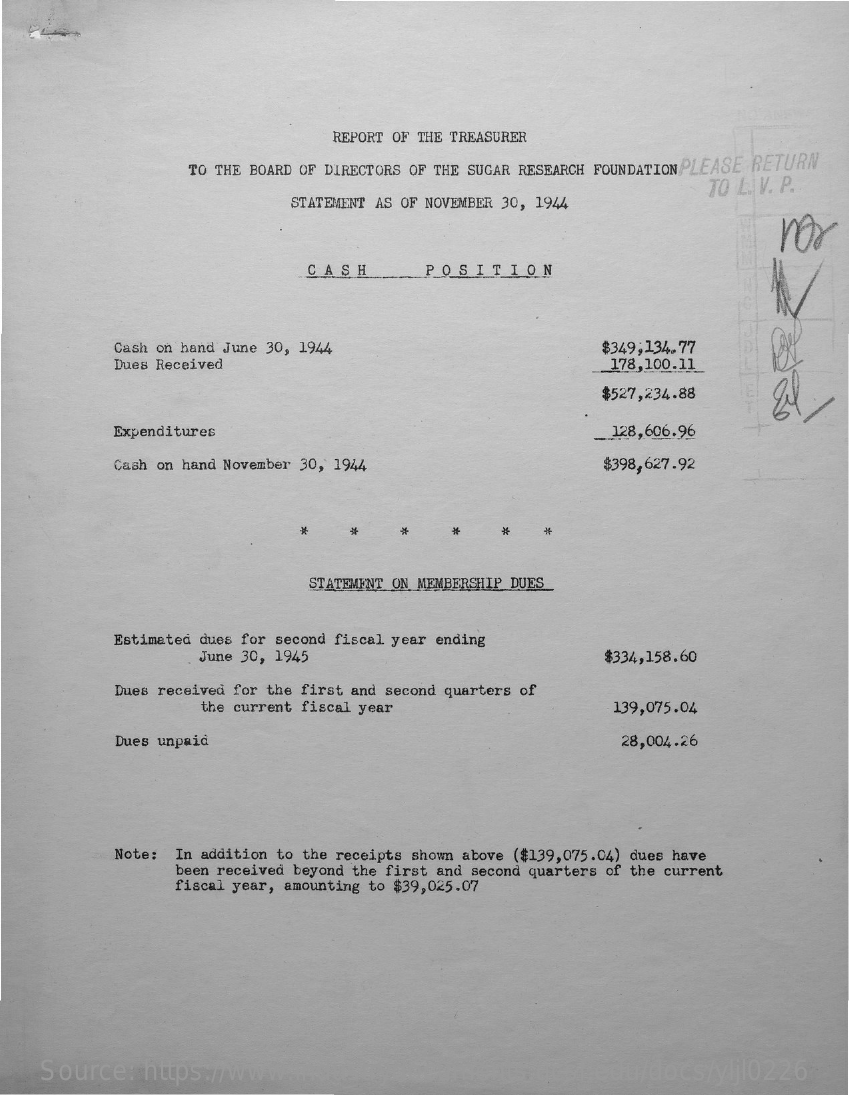
REPORT OF THE TREASURER
     TO THE BOARD OF DIRECTORS OF THE SUGAR RESEARCH FOUNDATION PLEASE RETURN
     STATEMENT AS OF NOVEMBER 30, 1944
     TO L. V. P.
     rox
     CASH    POSITION
     Cash on hand June 30, 1944    $349,134. 77
     Dues Received    178,100.11
     $527,234.88
     Expenditures    128,606.96
     2
     国
     天
     Cash on hand November 30, 1944    $398,627.92
     *    *    #
     STATEMENT ON MEMBERSHIP DUES
     Estimated dues for second fiscal year ending
     June 30, 1945    $334,158.60
     Dues received for the first and second quarters of
     the current fiscal year    139,075.04
     Dues unpaid    28,004.26
     Note: In addition to the receipts shown above ($139,075.04) dues have
     been received beyond the first and second quarters of the current
     fiscal year, amounting to $39,025.07
     Source:   https://www.industrydocuments.ucsf.edu/docs/yljl0226